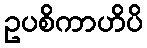
ဥပစိကာဟိပိ